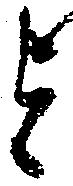
を